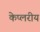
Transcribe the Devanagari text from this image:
केप्लरीय